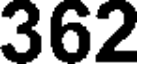
362